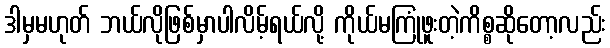
ဒါမှမဟုတ် ဘယ်လိုဖြစ်မှာပါလိမ့်ရယ်လို့ ကိုယ်မကြုံဖူးတဲ့ကိစ္စဆိုတော့လည်း